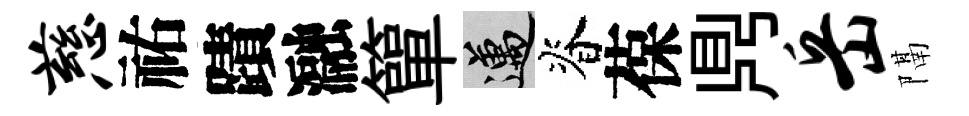
慈祐蹟瀜簞邁脊葆𪔂岳隔